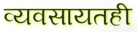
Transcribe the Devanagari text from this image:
व्यवसायतही